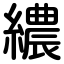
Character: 繷